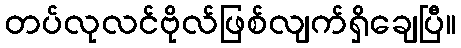
တပ်လုလင်ဗိုလ်ဖြစ်လျက်ရှိချေပြီ။